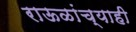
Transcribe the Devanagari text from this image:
राऊळांच्याही